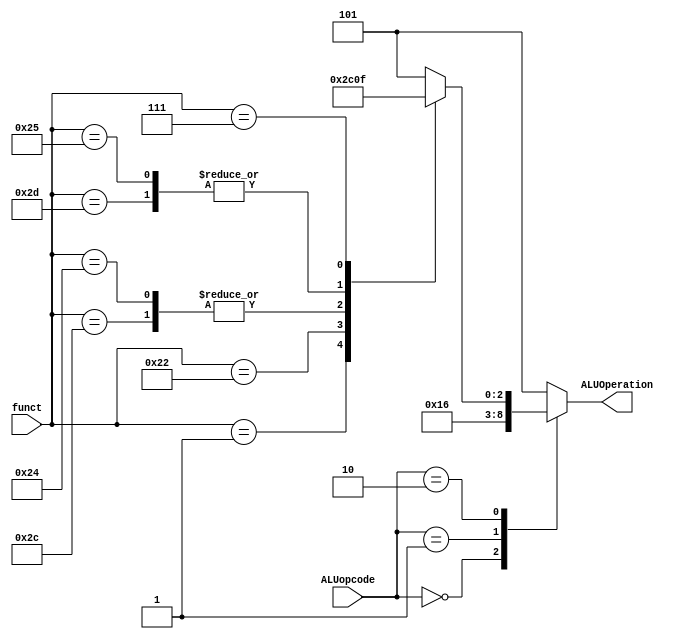
module ALUCtrl(input [1:0] ALUopcode, 
			   input [5:0] funct, 
			   output reg [2:0] ALUOperation);

	always@(ALUopcode or funct)
		begin
			case(ALUopcode)
				0: ALUOperation = 3'b010;
				1: ALUOperation = 3'b110;
				2: case(funct)
				1: ALUOperation = 3'b010;
				34: ALUOperation = 3'b110;
				36,44: ALUOperation = 3'b000;
				37,45: ALUOperation = 3'b001;
				7: ALUOperation = 3'b111;
				default: ALUOperation = 3'b101;
			endcase
				default: ALUOperation = 3'b101;
			endcase
		end
endmodule